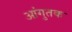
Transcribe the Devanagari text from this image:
आंगुतक